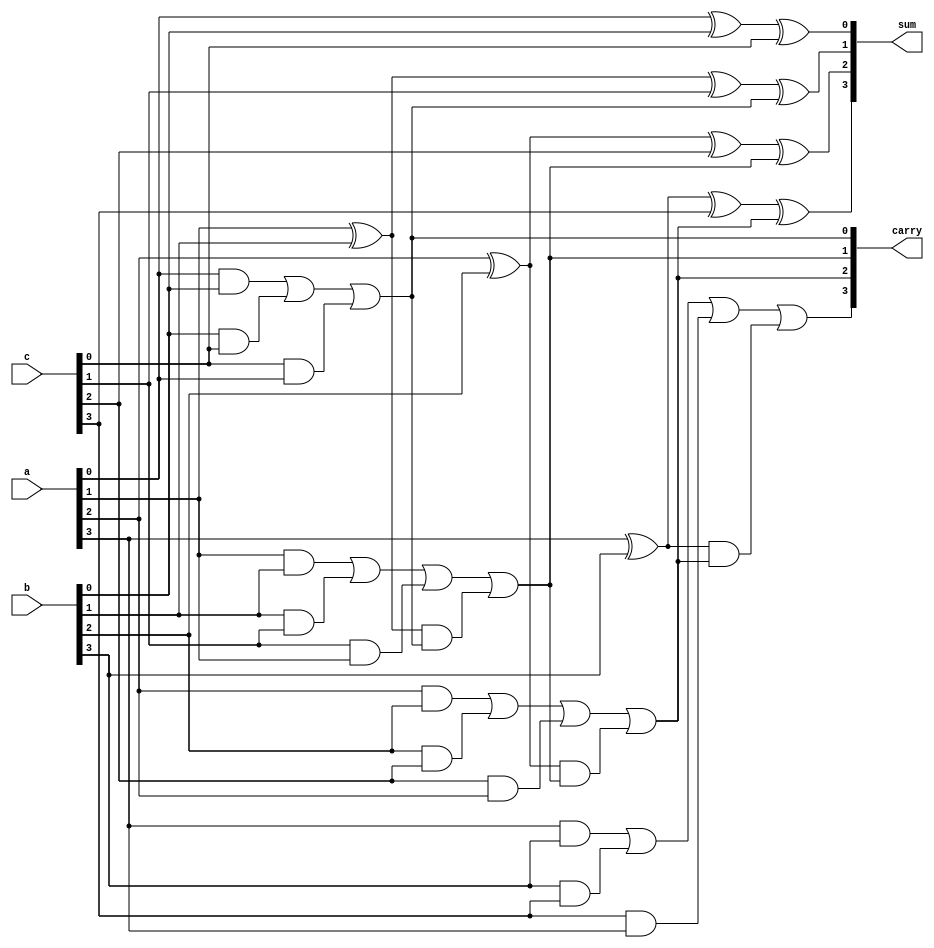
module dynamic_carry_save_adder (
    input [3:0] a,       // First operand
    input [3:0] b,       // Second operand
    input [3:0] c,       // Third operand
    output [3:0] sum,    // Sum output
    output [3:0] carry   // Carry output
);

    wire [3:0] sum_temp; // Temporary sum outputs from full adders
    wire [3:0] carry_temp; // Temporary carry outputs from full adders

    // Full Adder for bit 0
    assign sum_temp[0] = a[0] ^ b[0] ^ c[0];
    assign carry_temp[0] = (a[0] & b[0]) | (b[0] & c[0]) | (c[0] & a[0]);

    // Full Adder for bit 1
    assign sum_temp[1] = a[1] ^ b[1] ^ c[1] ^ carry_temp[0];
    assign carry_temp[1] = (a[1] & b[1]) | (b[1] & c[1]) | (c[1] & a[1]) | 
                           ((a[1] ^ b[1]) & carry_temp[0]);

    // Full Adder for bit 2
    assign sum_temp[2] = a[2] ^ b[2] ^ c[2] ^ carry_temp[1];
    assign carry_temp[2] = (a[2] & b[2]) | (b[2] & c[2]) | (c[2] & a[2]) | 
                           ((a[2] ^ b[2]) & carry_temp[1]);

    // Full Adder for bit 3
    assign sum_temp[3] = a[3] ^ b[3] ^ c[3] ^ carry_temp[2];
    assign carry_temp[3] = (a[3] & b[3]) | (b[3] & c[3]) | (c[3] & a[3]) | 
                           ((a[3] ^ b[3]) & carry_temp[2]);

    // Final outputs
    assign sum = sum_temp; // Sum output from the CSA
    assign carry = carry_temp; // Carry output from the CSA

endmodule